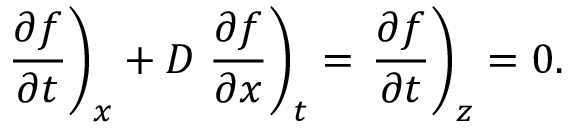
\left. \frac { \partial f } { \partial t } \right) _ { x } + D \left. \frac { \partial f } { \partial x } \right) _ { t } = \left. \frac { \partial f } { \partial t } \right) _ { z } = 0 .